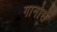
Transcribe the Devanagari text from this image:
गानोसे